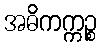
အဓိကက္ကဉ္စ